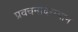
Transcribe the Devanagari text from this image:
प्रवचनादरम्यान